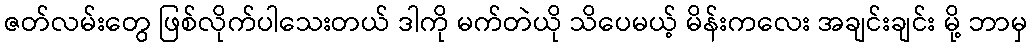
ဇတ်လမ်းတွေ ဖြစ်လိုက်ပါသေးတယ် ဒါကို မက်တဲယို သိပေမယ့် မိန်းကလေး အချင်းချင်း မို့ ဘာမှ